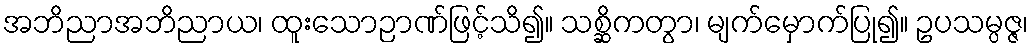
အဘိညာအဘိညာယ၊ ထူးသောဉာဏ်ဖြင့်သိ၍။ သစ္ဆိကတွာ၊ မျက်မှောက်ပြု၍။ ဥပသမ္ပဇ္ဇ၊